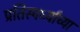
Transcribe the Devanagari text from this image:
प्रतिस्पर्ध्यांच्या